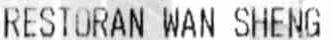
RESTORAN WAN SHENG